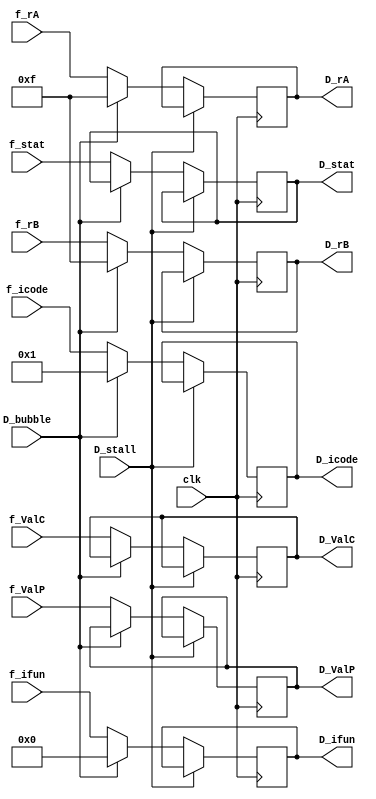

module reg_decode(clk,D_bubble ,D_stall ,f_stat ,f_icode ,f_ifun,f_rA, f_rB,f_ValC ,f_ValP,D_stat,D_icode,D_ifun ,D_rA, D_rB,D_ValC ,D_ValP);

    //Output reg - into the pipeline 
    output reg [3:0] D_icode , D_ifun , D_rA, D_rB;
    output reg signed[63:0] D_ValC , D_ValP;
    output reg [3:0] D_stat=1;
    

    // Bubbling ( F and D ) the Stalling  (D)
    input clk;
    input D_bubble , D_stall ;
    input [3:0] f_stat ; 
    input [3:0] f_icode , f_ifun;
    input [3:0] f_rA, f_rB;
    input [63:0] f_ValC , f_ValP;


    //  Writing into the Decode register
    always @(posedge clk) begin 

        

        if(D_stall)  // Stall the decode ( so maintain all the prev states )
        begin

			D_icode <= D_icode;
			D_ifun <= D_ifun;
			D_rA <= D_rA;
			D_rB <= D_rB;
			D_ValC <= D_ValC;
			D_ValP <= D_ValP;
            D_stat <= D_stat;
            // $display("1st loop ");

        end

        // else if(D_stall == 0)
        else
        begin

            // if(D_bubble==0)  // Normal Case - write into D register in the posedge clock 
            // begin
                
            //     $display("ficode = %b", f_icode);
            //     D_icode <= f_icode;
            //     D_ifun <= f_ifun;
            //     D_rA <= f_rA;
            //     D_rB <= f_rB;
            //     D_ValC <= f_ValC;
            //     D_ValP <= f_ValP;
            //     D_stat <= f_stat;
            //     // $display("2st loop ");
            //     $display("D_icode= %b", D_icode);

            // end

            // else if(D_bubble==1) // bubble the decode - nop 
            if(D_bubble==1) 
            begin 
                D_icode  <= 4'h1;
                D_ifun  <= 4'h0;
                D_rA <= 4'hF;
                D_rB <= 4'hF;
        
                // $display("3st loop ");

            end

            else 
                begin
                
                // $display("ficode = %b", f_icode);
                D_icode <= f_icode;
                D_ifun <= f_ifun;
                D_rA <= f_rA;
                D_rB <= f_rB;
                D_ValC <= f_ValC;
                D_ValP <= f_ValP;
                D_stat <= f_stat;
                // $display("2st loop ");
                // $display("D_icode= %b", D_icode);

            end

            end


        end



endmodule